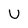
Character: U